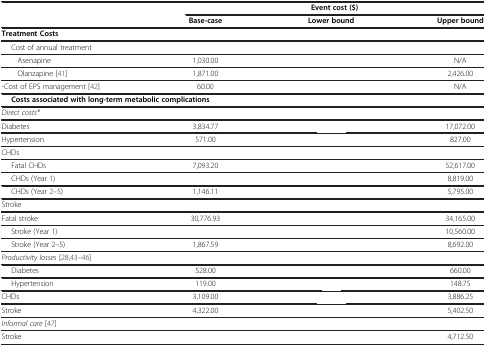
<table><thead><tr><td rowspan="2">[EMPTY_CELL]</td><td colspan="3"><b>Event cost ($)</b></td></tr><tr><td><b>Base-case</b></td><td><b>Lower bound</b></td><td><b>Upper bound</b></td></tr></thead><tbody><tr><td><b>Treatment Costs</b></td><td>[EMPTY_CELL]</td><td>[EMPTY_CELL]</td><td>[EMPTY_CELL]</td></tr><tr><td>Cost of annual treatment</td><td>[EMPTY_CELL]</td><td>[EMPTY_CELL]</td><td>[EMPTY_CELL]</td></tr><tr><td>Asenapine</td><td>1,030.00</td><td>[EMPTY_CELL]</td><td>N/A</td></tr><tr><td>Olanzapine [41]</td><td>1,871.00</td><td>[EMPTY_CELL]</td><td>2,426.00</td></tr><tr><td>-Cost of EPS management [42]</td><td>60.00</td><td>[EMPTY_CELL]</td><td>N/A</td></tr><tr><td colspan="3"><b>Costs associated with long-term metabolic complications</b></td><td>[EMPTY_CELL]</td></tr><tr><td><i>Direct costs*</i></td><td>[EMPTY_CELL]</td><td>[EMPTY_CELL]</td><td>[EMPTY_CELL]</td></tr><tr><td>Diabetes</td><td>3,834.77</td><td>[EMPTY_CELL]</td><td>17,072.00</td></tr><tr><td>Hypertension</td><td>571.00</td><td>[EMPTY_CELL]</td><td>827.00</td></tr><tr><td>CHDs</td><td>[EMPTY_CELL]</td><td>[EMPTY_CELL]</td><td>[EMPTY_CELL]</td></tr><tr><td>Fatal CHDs</td><td>7,093.20</td><td>[EMPTY_CELL]</td><td>52,617.00</td></tr><tr><td>CHDs (Year 1)</td><td>[EMPTY_CELL]</td><td>[EMPTY_CELL]</td><td>8,819.00</td></tr><tr><td>CHDs (Year 2–5)</td><td>1,146.11</td><td>[EMPTY_CELL]</td><td>5,795.00</td></tr><tr><td>Stroke</td><td>[EMPTY_CELL]</td><td>[EMPTY_CELL]</td><td>[EMPTY_CELL]</td></tr><tr><td>Fatal stroke</td><td>30,776.93</td><td>[EMPTY_CELL]</td><td>34,165.00</td></tr><tr><td>Stroke (Year 1)</td><td>[EMPTY_CELL]</td><td>[EMPTY_CELL]</td><td>10,560.00</td></tr><tr><td>Stroke (Year 2–5)</td><td>1,867.59</td><td>[EMPTY_CELL]</td><td>8,692.00</td></tr><tr><td><i>Productivity losses</i>[28,43]–[46]</td><td>[EMPTY_CELL]</td><td>[EMPTY_CELL]</td><td>[EMPTY_CELL]</td></tr><tr><td>Diabetes</td><td>528.00</td><td>[EMPTY_CELL]</td><td>660.00</td></tr><tr><td>Hypertension</td><td>119.00</td><td>[EMPTY_CELL]</td><td>148.75</td></tr><tr><td>CHDs</td><td>3,109.00</td><td>[EMPTY_CELL]</td><td>3,886.25</td></tr><tr><td>Stroke</td><td>4,322.00</td><td>[EMPTY_CELL]</td><td>5,402.50</td></tr><tr><td><i>Informal care</i>[47]</td><td>[EMPTY_CELL]</td><td>[EMPTY_CELL]</td><td>[EMPTY_CELL]</td></tr><tr><td>Stroke</td><td>[EMPTY_CELL]</td><td>[EMPTY_CELL]</td><td>4,712.50</td></tr></tbody></table>